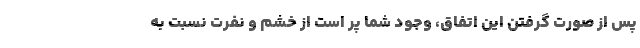
پس از صورت گرفتن این اتفاق، وجود شما پر است از خشم و نفرت نسبت به